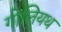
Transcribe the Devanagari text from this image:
गोलियथ